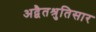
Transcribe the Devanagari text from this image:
अद्वैतश्रुतिसार